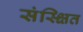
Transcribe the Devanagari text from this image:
संस्क्षित